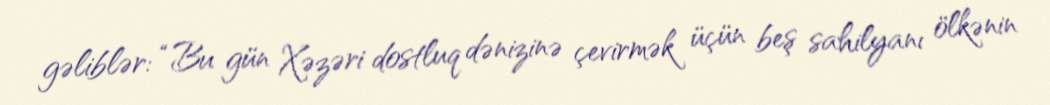
gəliblər: “Bu gün Xəzəri dostluq dənizinə çevirmək üçün beş sahilyanı ölkənin